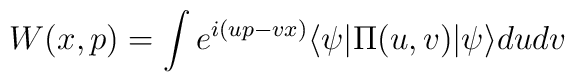
W(x,p) = \int e^{i(up-vx)}\langle\psi|\Pi(u,v)|\psi\rangle dudv